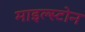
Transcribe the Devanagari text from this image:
माइल्स्टोन